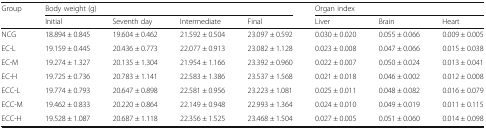
<table><thead><tr><td rowspan="2"><b>Group</b></td><td colspan="4"><b>Body weight (g)</b></td><td colspan="3"><b>Organ index</b></td></tr><tr><td><b>Initial</b></td><td><b>Seventh day</b></td><td><b>Intermediate</b></td><td><b>Final</b></td><td><b>Liver</b></td><td><b>Brain</b></td><td><b>Heart</b></td></tr></thead><tbody><tr><td>NCG</td><td>18.894 ± 0.845</td><td>19.604 ± 0.462</td><td>21.592 ± 0.504</td><td>23.097 ± 0.592</td><td>0.030 ± 0.020</td><td>0.055 ± 0.066</td><td>0.009 ± 0.005</td></tr><tr><td>EC-L</td><td>19.159 ± 0.445</td><td>20.436 ± 0.773</td><td>22.077 ± 0.913</td><td>23.082 ± 1.128</td><td>0.023 ± 0.008</td><td>0.047 ± 0.066</td><td>0.015 ± 0.038</td></tr><tr><td>EC-M</td><td>19.274 ± 1.327</td><td>20.135 ± 1.304</td><td>21.954 ± 1.166</td><td>23.392 ± 0.960</td><td>0.022 ± 0.007</td><td>0.050 ± 0.024</td><td>0.013 ± 0.041</td></tr><tr><td>EC-H</td><td>19.725 ± 0.736</td><td>20.783 ± 1.141</td><td>22.583 ± 1.386</td><td>23.537 ± 1.568</td><td>0.021 ± 0.018</td><td>0.046 ± 0.002</td><td>0.012 ± 0.008</td></tr><tr><td>ECC-L</td><td>19.774 ± 0.793</td><td>20.647 ± 0.898</td><td>22.581 ± 0.956</td><td>23.223 ± 1.081</td><td>0.025 ± 0.011</td><td>0.048 ± 0.082</td><td>0.016 ± 0.079</td></tr><tr><td>ECC-M</td><td>19.462 ± 0.833</td><td>20.220 ± 0.864</td><td>22.149 ± 0.948</td><td>22.993 ± 1.364</td><td>0.024 ± 0.010</td><td>0.049 ± 0.019</td><td>0.011 ± 0.115</td></tr><tr><td>ECC-H</td><td>19.528 ± 1.087</td><td>20.687 ± 1.118</td><td>22.356 ± 1.525</td><td>23.468 ± 1.504</td><td>0.027 ± 0.005</td><td>0.051 ± 0.060</td><td>0.014 ± 0.098</td></tr></tbody></table>